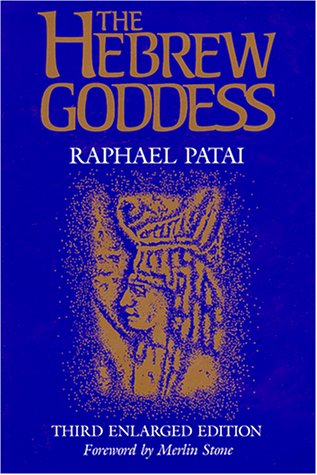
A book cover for The Hebrew Goddess 3rd Enlarged Edition; Raphael Patai; Religion & Spirituality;